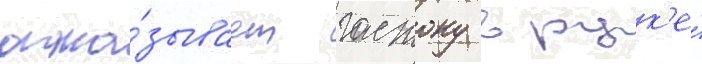
отка́зывает гастону в рук'е́